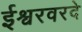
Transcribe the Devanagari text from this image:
ईश्वरवरदे